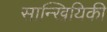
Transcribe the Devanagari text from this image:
सान्खियिकी